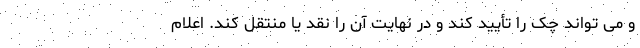
و می تواند چک را تأیید کند و در نهایت آن را نقد یا منتقل کند. اعلام